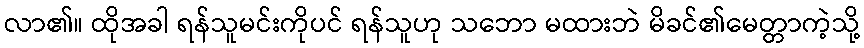
လာ၏။ ထိုအခါ ရန်သူမင်းကိုပင် ရန်သူဟု သဘော မထားဘဲ မိခင်၏မေတ္တာကဲ့သို့